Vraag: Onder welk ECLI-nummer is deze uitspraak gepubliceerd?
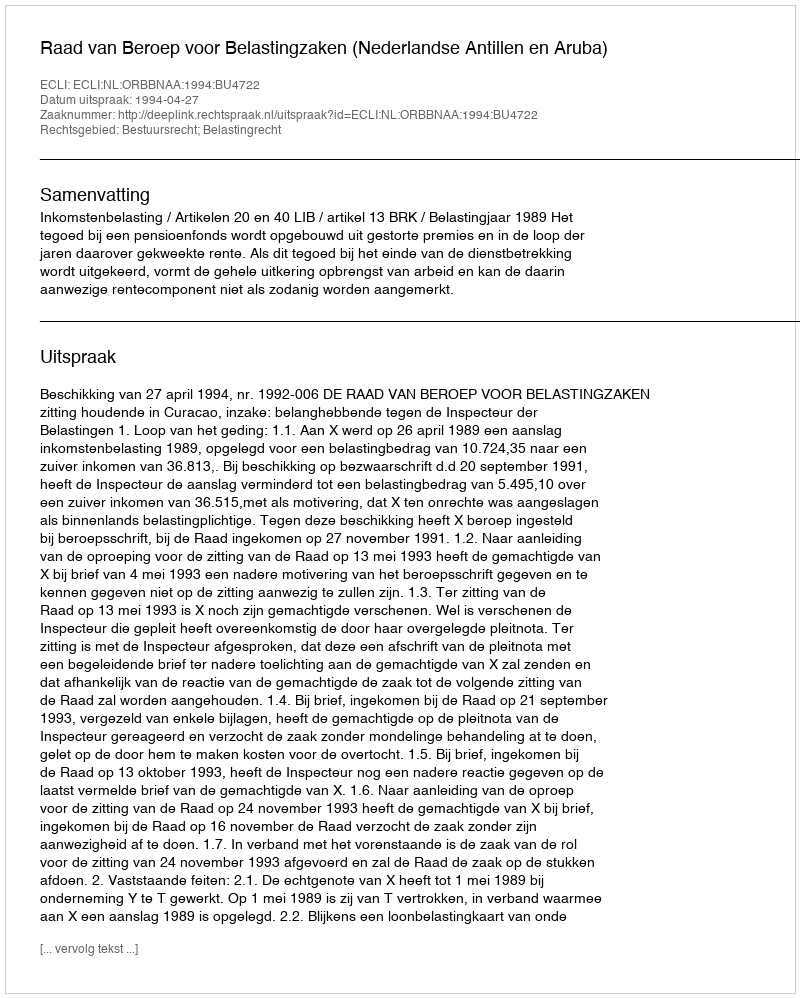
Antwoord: ECLI:NL:ORBBNAA:1994:BU4722